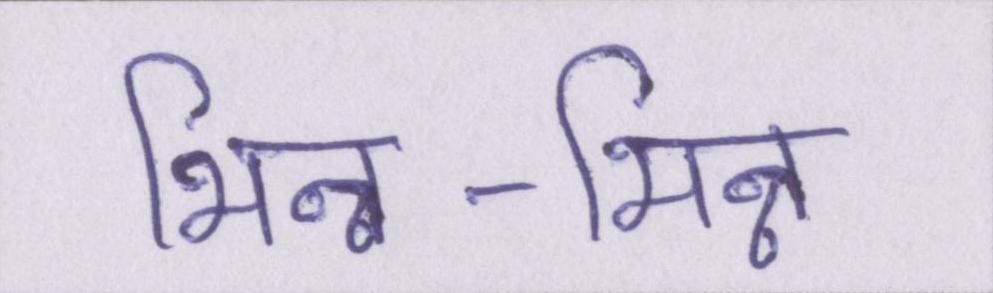
भिन्न-भिन्न